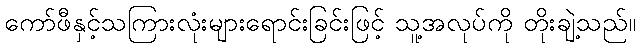
ကော်ဖီနှင့်သကြားလုံးများရောင်းခြင်းဖြင့် သူ့အလုပ်ကို တိုးချဲ့သည်။